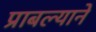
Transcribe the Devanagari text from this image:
प्राबल्याने